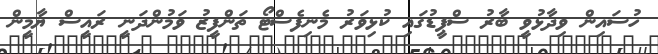
ހުސައިން ވިދާޅުވީ ބާރު ސްޕީޑުގައި ކުޅިވަރު މެނިފެސްޓޯ ތަންފީޒު ވަމުންދަނީ ރައީސް ޔާމީން